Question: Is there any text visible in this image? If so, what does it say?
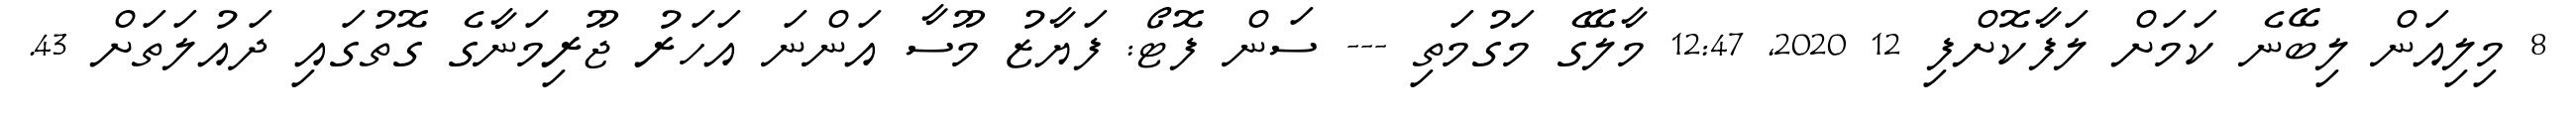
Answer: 8 މިލިއަން ލިބޭނެ ކަމަށް ލަފާކޮށްފި 12 2020, 12:47 މާލޭގެ މަގުމަތި --- ސަން ފޮޓޯ: ފަޔާޒު މޫސާ އަންނަ އަހަރު ޖޫރިމަނާގެ ގޮތުގައި ދައުލަތަށް 43.